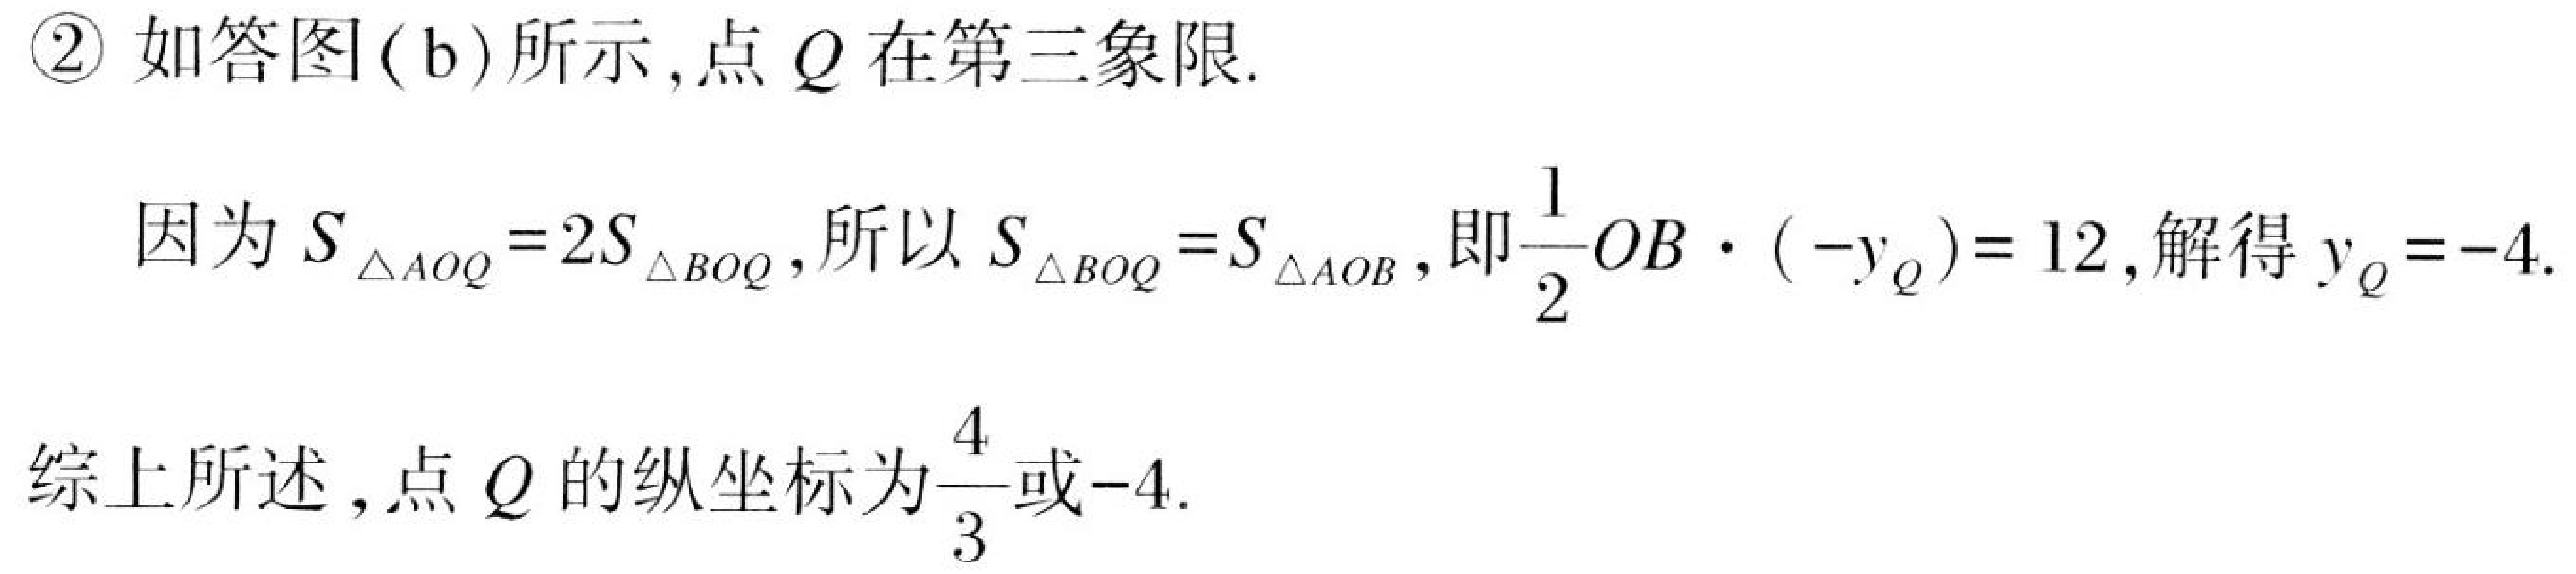
\textcircled{2}如答图(b)所示,点\(Q\)在第三象限.
因为\(S_{\triangle AOQ}=2S_{\triangle BOQ}\),所以\(S_{\triangle BOQ}=S_{\triangle AOB}\),即\(\frac{1}{2}OB\cdot(-y_{Q}) = 12\),解得\(y_{Q}=-4\).
综上所述,点\(Q\)的纵坐标为\(\frac{4}{3}\)或\(-4\).